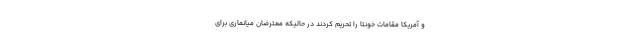
و آمریکا مقامات خونتا را تحریم کردند در حالیکه معترضان میانماری برای